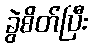
ခွဲစိတ်ပြီး